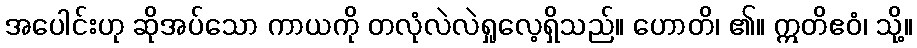
အပေါင်းဟု ဆိုအပ်သော ကာယကို တလုံလဲလဲရှုလေ့ရှိသည်။ ဟောတိ၊ ၏။ ဣတိဧဝံ၊ သို့။